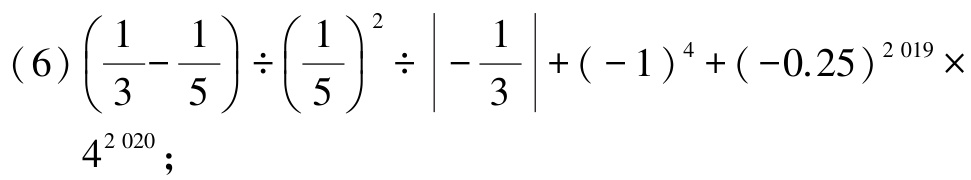
\[
\begin{align*}
&(6)\left(\frac{1}{3}-\frac{1}{5}\right)\div\left(\frac{1}{5}\right)^{2}\div\left|-\frac{1}{3}\right|+(-1)^{4}+(-0.25)^{2019}\times4^{2020};
\end{align*}
\]